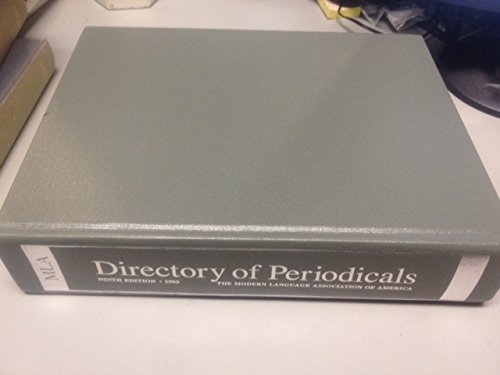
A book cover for MLA Directory of Periodicals: A Guide to Journals and Series in Languages and Literatures: Complete International Listings; Modern Language Association; Humor & Entertainment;